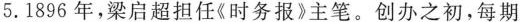
5.1896年，梁启超担任《时务报》主笔。创办之初，每期